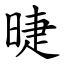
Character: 㫸